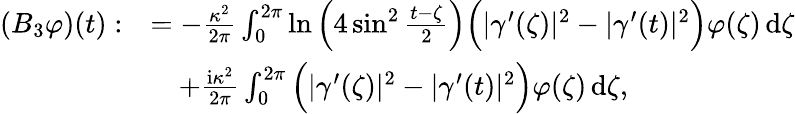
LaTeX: \begin{array}{rl}{(B_{3}\varphi)(t):}&{=-\frac{\kappa^{2}}{2\pi}\int_{0}^{2\pi}\ln\Big(4\sin^{2}\frac{t-\zeta}{2}\Big)\Big(|\gamma^{\prime}(\zeta)|^{2}-|\gamma^{\prime}(t)|^{2}\Big)\varphi(\zeta)\, \mathrm{d}\zeta}\\ &{\quad+\frac{\mathrm{i}\kappa^{2}}{2\pi}\int_{0}^{2\pi}\Big(|\gamma^{\prime}(\zeta)|^{2}-|\gamma^{\prime}(t)|^{2}\Big)\varphi(\zeta)\, \mathrm{d}\zeta,}\end{array}